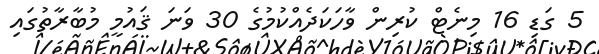
5 ގަޑި 16 މިނެޓް ކުރިން ވާހަކަދެއްކުމުގެ 30 ވަނަ ޤައުމީ މުބާރާތުގައި